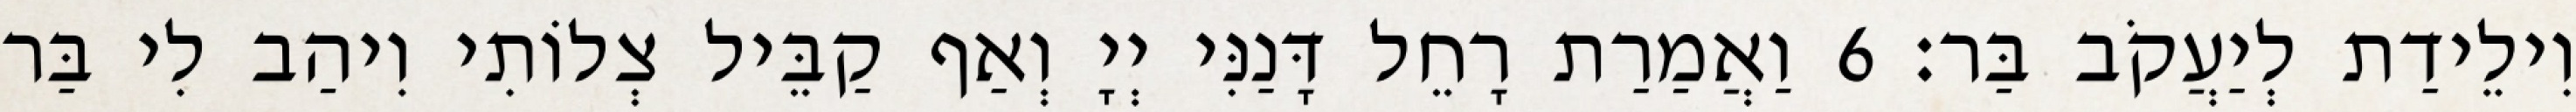
וִילֵידַת לְיַעֲקֹב בַּר׃ 6 וַאֲמַרַת רָחֵל דָּנַנִּי יְיָ וְאַף קַבֵּיל צְלוֹתִי וִיהַב לִי בַּר